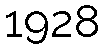
1928